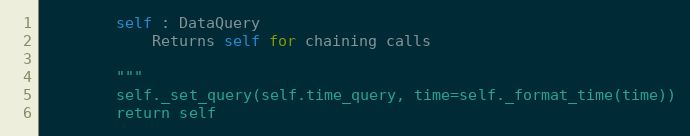
Language: Python
        self : DataQuery
            Returns self for chaining calls

        """
        self._set_query(self.time_query, time=self._format_time(time))
        return self